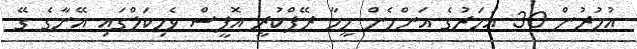
އުމުރުން 30 އަހަރުގެ އަންހެން މީހާ ރޭޕްކުރީ އޮފީސް ވެހިކަލްގައި އޭނާގެ ގޭ